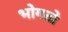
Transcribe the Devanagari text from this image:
भोगतो